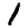
Digit: 1